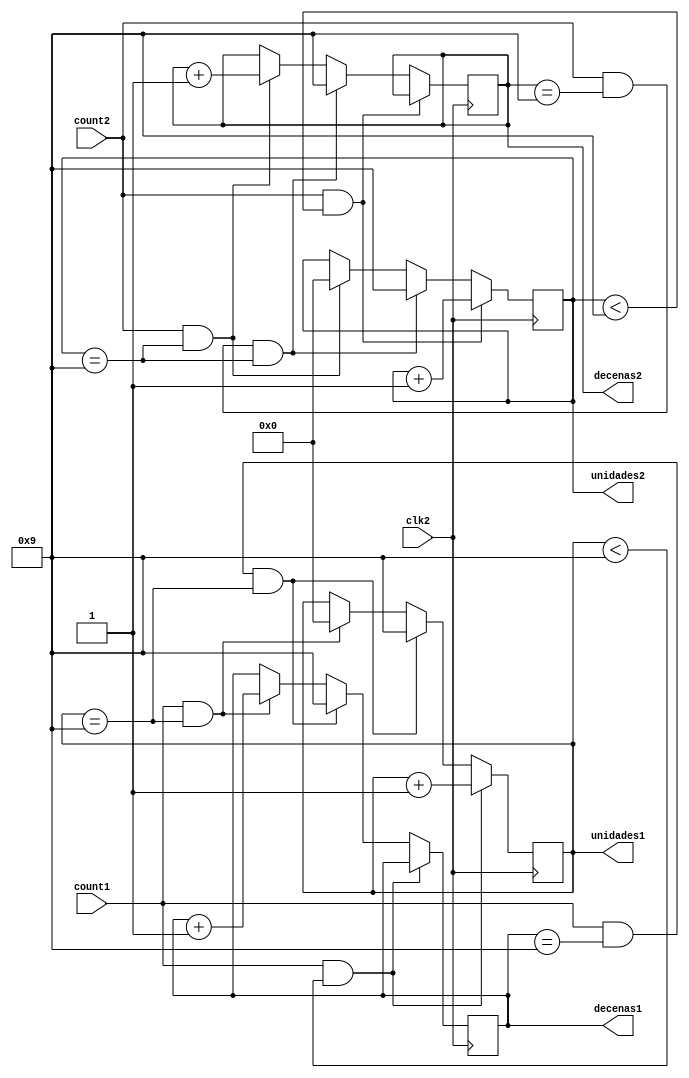
`timescale 1ns / 1ps
//////////////////////////////////////////////////////////////////////////////////
// Company: 
// Engineer: 
// 
// Design Name: 
// Module Name:    Acumulador 
// Project Name: 
// Target Devices: 
// Tool versions: 
// Description: 
//
// Dependencies: 
//
// Revision: 
// Revision 0.01 - File Created
// Additional Comments: 
//
//////////////////////////////////////////////////////////////////////////////////
module Acumulador( unidades1, decenas1, unidades2, decenas2, count1, count2, clk2);
input count1; 
input count2; 
input clk2;
output reg [3:0] unidades2=0;
output reg [3:0] decenas2=0;
output reg [3:0] unidades1=0;
output reg [3:0] decenas1=0;



always @(posedge clk2) begin
   //Contador Unidades, Para en 9
	if ((count1==1)&&(unidades1<9)) unidades1=unidades1+1;
	//Contador Decenas, Para en 99
		else if ((count1==1)&&(decenas1==9)&&(unidades1==9)) begin
	decenas1 = 9;
	unidades1= 9;
		end
	else if((count1==1)&&(unidades1==9)) begin  
	
		decenas1=decenas1+1; 
		unidades1=0; 
	end
	
	if ((count2==1)&&(unidades2<9)) unidades2=unidades2+1;
	//Contador Decenas, Para en 99
		else if ((count2==1)&&(decenas2==9)&&(unidades2==9)) begin
	decenas2 = 9;
	unidades2= 9;
		end
	else if((count2==1)&&(unidades2==9)) begin  
	
		decenas2=decenas2+1; 
		unidades2=0; 
	end
	end
	
   

endmodule